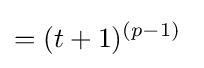
=(t+1)^{(p-1)}\